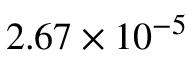
2 . 6 7 \times 1 0 ^ { - 5 }